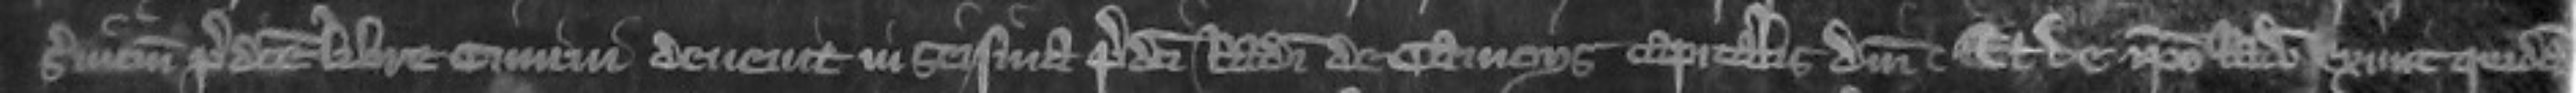
servicium predicte libre cimini devenit in seisina predicti Radulphi de Camoys capitallis domini Et de ipso Radulpho exivit quidam